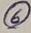
Text: 6